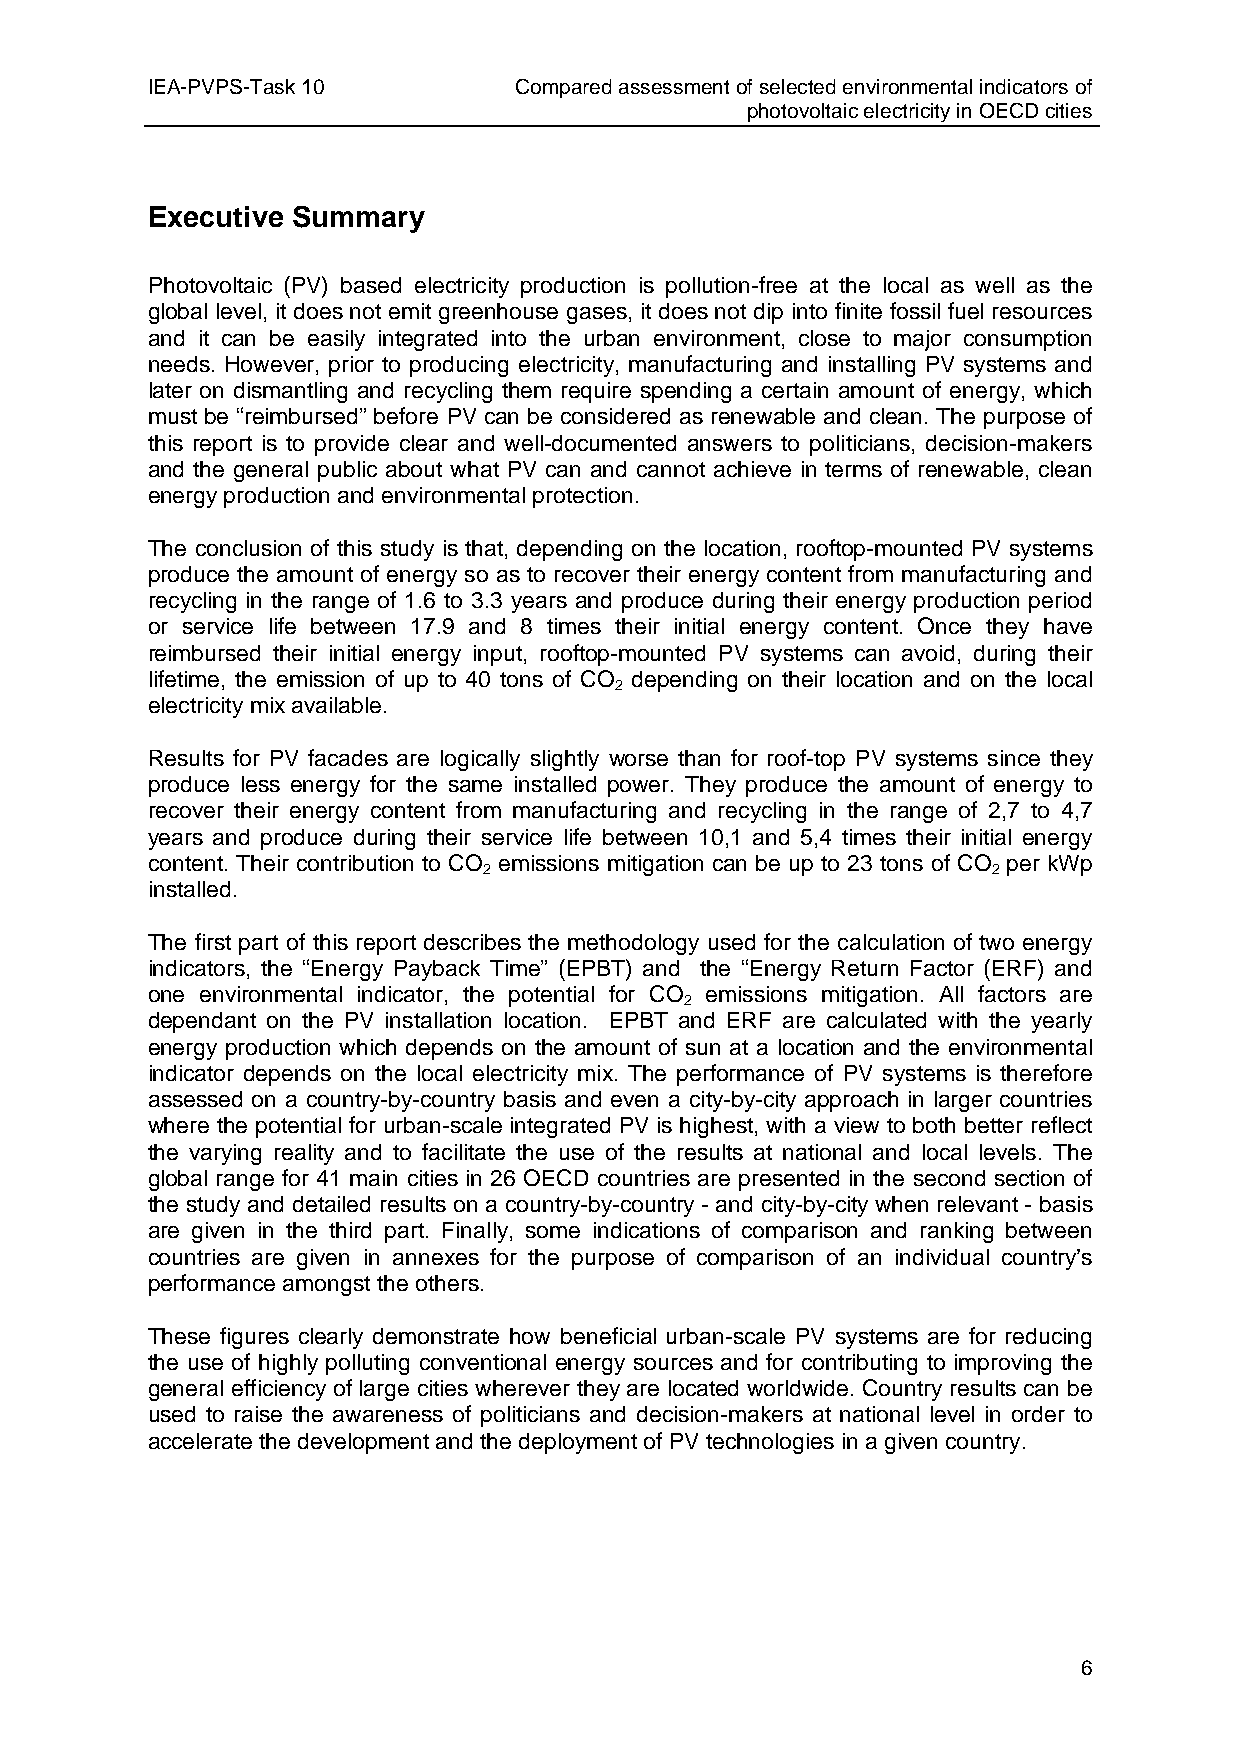
IEA-PVPS-Task 10        Compared assessment of selected environmental indicators of
 photovoltaic electricity in OECD cities
 Executive Summary
 Photovoltaic (PV) based electricity production is pollution-free at the local as well as the
 global level, it does not emit greenhouse gases, it does not dip into finite fossil fuel resources
 and it can be easily integrated into the urban environment, close to major consumption
 needs. However, prior to producing electricity, manufacturing and installing PV systems and
 later on dismantling and recycling them require spending a certain amount of energy, which
 must be “reimbursed” before PV can be considered as renewable and clean. The purpose of
 this report is to provide clear and well-documented answers to politicians, decision-makers
 and the general public about what PV can and cannot achieve in terms of renewable, clean
 energy production and environmental protection.
 The conclusion of this study is that, depending on the location, rooftop-mounted PV systems
 produce the amount of energy so as to recover their energy content from manufacturing and
 recycling in the range of 1.6 to 3.3 years and produce during their energy production period
 or service life between 17.9 and 8 times their initial energy content. Once they have
 reimbursed their initial energy input, rooftop-mounted PV systems can avoid, during their
 lifetime, the emission of up to 40 tons of CO depending on their location and on the local
 2
 electricity mix available.
 Results for PV facades are logically slightly worse than for roof-top PV systems since they
 produce less energy for the same installed power. They produce the amount of energy to
 recover their energy content from manufacturing and recycling in the range of 2,7 to 4,7
 years and produce during their service life between 10,1 and 5,4 times their initial energy
 content. Their contribution to CO emissions mitigation can be up to 23 tons of CO per kWp
 2                                 2
 installed.
 The first part of this report describes the methodology used for the calculation of two energy
 indicators, the “Energy Payback Time” (EPBT) and the “Energy Return Factor (ERF) and
 one environmental indicator, the potential for CO emissions mitigation. All factors are
 2
 dependant on the PV installation location. EPBT and ERF are calculated with the yearly
 energy production which depends on the amount of sun at a location and the environmental
 indicator depends on the local electricity mix. The performance of PV systems is therefore
 assessed on a country-by-country basis and even a city-by-city approach in larger countries
 where the potential for urban-scale integrated PV is highest, with a view to both better reflect
 the varying reality and to facilitate the use of the results at national and local levels. The
 global range for 41 main cities in 26 OECD countries are presented in the second section of
 the study and detailed results on a country-by-country - and city-by-city when relevant - basis
 are given in the third part. Finally, some indications of comparison and ranking between
 countries are given in annexes for the purpose of comparison of an individual country’s
 performance amongst the others.
 These figures clearly demonstrate how beneficial urban-scale PV systems are for reducing
 the use of highly polluting conventional energy sources and for contributing to improving the
 general efficiency of large cities wherever they are located worldwide. Country results can be
 used to raise the awareness of politicians and decision-makers at national level in order to
 accelerate the development and the deployment of PV technologies in a given country.
 6